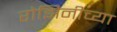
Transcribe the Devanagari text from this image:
रोझिनीच्या